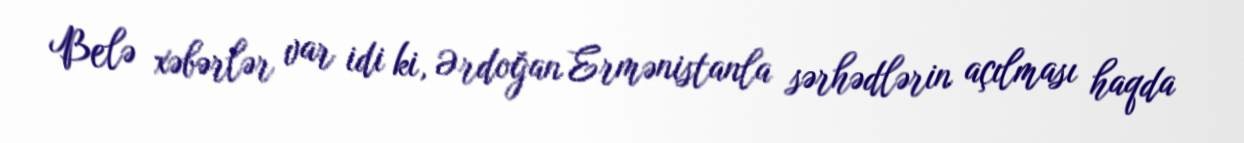
Belə xəbərlər var idi ki, Ərdoğan Ermənistanla sərhədlərin açılması haqda